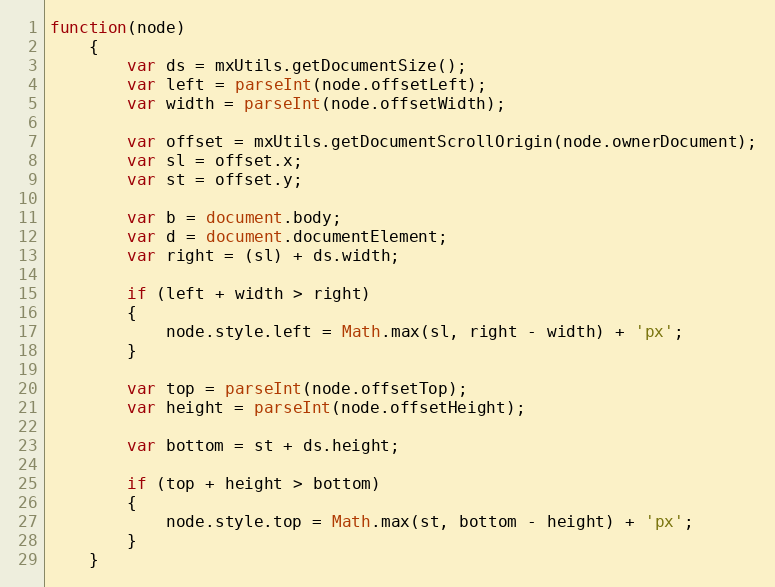
Language: JavaScript
function(node)
	{
		var ds = mxUtils.getDocumentSize();
		var left = parseInt(node.offsetLeft);
		var width = parseInt(node.offsetWidth);

		var offset = mxUtils.getDocumentScrollOrigin(node.ownerDocument);
		var sl = offset.x;
		var st = offset.y;

		var b = document.body;
		var d = document.documentElement;
		var right = (sl) + ds.width;

		if (left + width > right)
		{
			node.style.left = Math.max(sl, right - width) + 'px';
		}

		var top = parseInt(node.offsetTop);
		var height = parseInt(node.offsetHeight);

		var bottom = st + ds.height;

		if (top + height > bottom)
		{
			node.style.top = Math.max(st, bottom - height) + 'px';
		}
	}